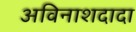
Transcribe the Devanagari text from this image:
अविनाशदादा